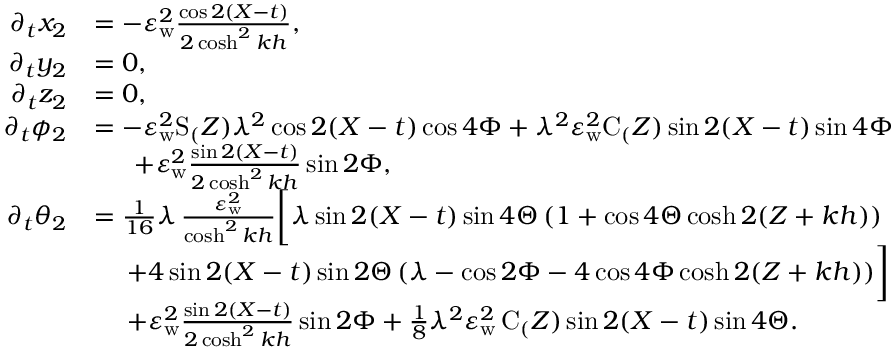
\begin{array} { r l } { \partial _ { t } x _ { 2 } } & { = - \varepsilon _ { \mathrm { w } } ^ { 2 } \frac { \cos 2 ( X - t ) } { 2 \cosh ^ { 2 } k h } , } \\ { \partial _ { t } y _ { 2 } } & { = 0 , } \\ { \partial _ { t } z _ { 2 } } & { = 0 , } \\ { \partial _ { t } { \phi _ { 2 } } } & { = - \varepsilon _ { \mathrm { w } } ^ { 2 } \mathrm { S } _ ( Z ) \lambda ^ { 2 } \cos 2 ( X - t ) \cos { 4 \Phi } + \lambda ^ { 2 } \varepsilon _ { \mathrm { w } } ^ { 2 } \mathrm { C } _ ( Z ) \sin 2 ( X - t ) \sin { 4 \Phi } } \\ & { \quad \; \; + \varepsilon _ { \mathrm { w } } ^ { 2 } \frac { \sin 2 ( X - t ) } { 2 \cosh ^ { 2 } k h } \sin { 2 \Phi } , } \\ { \partial _ { t } { \theta _ { 2 } } } & { = \frac { 1 } { 1 6 } \lambda \, \frac { \varepsilon _ { \mathrm { w } } ^ { 2 } } { \cosh ^ { 2 } k h } \bigg [ \lambda \sin 2 ( X - t ) \sin { 4 \Theta } \, ( 1 + \cos { 4 \Theta } \cosh 2 ( Z + k h ) ) } \\ & { \quad \; + 4 \sin 2 ( X - t ) \sin { 2 \Theta } \, ( \lambda - \cos { 2 \Phi } - 4 \cos { 4 \Phi } \cosh 2 ( Z + k h ) ) \bigg ] } \\ & { \quad \; + \varepsilon _ { \mathrm { w } } ^ { 2 } \frac { \sin 2 ( X - t ) } { 2 \cosh ^ { 2 } k h } \sin { 2 \Phi } + \frac { 1 } { 8 } \lambda ^ { 2 } \varepsilon _ { \mathrm { w } } ^ { 2 } \, \mathrm { C } _ ( Z ) \sin 2 ( X - t ) \sin { 4 \Theta } . } \end{array}